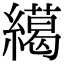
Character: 𦅶